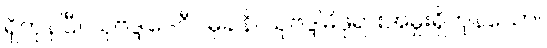
ရှိကုန်ပြီ။ သုဗဒ္ဒါဒေဝီပမုခါနိ၊ သုဗဒ္ဒါမိဖုရားအမှူးရှိကုန်သော။